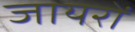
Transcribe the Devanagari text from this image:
जायरों